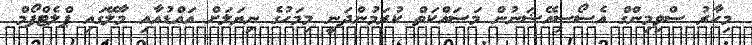
މިހާރު ސްވިމިންގް އެސޯސިއޭޝަނުން މަސައްކަތް ކުރަމުންދަނީ މިމަހުގެ ނިޔަލަށް އައްޑުއާއި މާލޭގައި ޕްލެޓްފޯމް